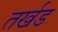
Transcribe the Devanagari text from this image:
तर्खड